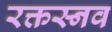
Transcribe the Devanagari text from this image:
रक्तस्नव